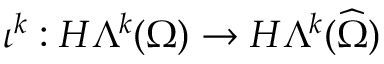
\iota ^ { k } : H \Lambda ^ { k } ( \Omega ) \rightarrow H \Lambda ^ { k } ( \widehat \Omega )